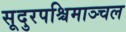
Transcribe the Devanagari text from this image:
सूदुरपश्चिमाञ्चल